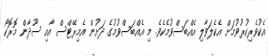
އެކުވެރިކުރުވުމަށް އެކެލަވާލި އެއްބަސްވުމެކެވެ. މި އެއްބަސްވުމުގެ ދަށުން އެމިރޭޓްސް އާއި ސޫދާން މޮރޮކޯ